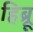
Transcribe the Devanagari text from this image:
हिब्र्रू